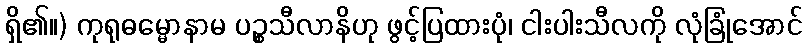
ရှိ၏။) ကုရုဓမ္မောနာမ ပဉ္စသီလာနိဟု ဖွင့်ပြထားပုံ၊ ငါးပါးသီလကို လုံခြုံအောင်